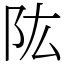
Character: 䧀